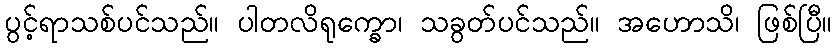
ပွင့်ရာသစ်ပင်သည်။ ပါတလိရုက္ခော၊ သခွတ်ပင်သည်။ အဟောသိ၊ ဖြစ်ပြီ။